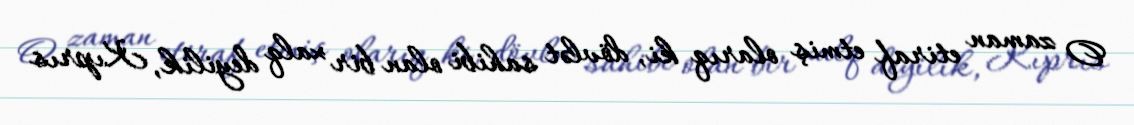
O zaman etiraf etmiş olarıq ki, dövlət sahibi olan bir xalq deyilik, Kıprıs